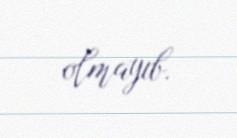
olmayıb.